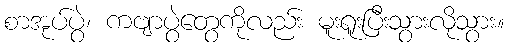
စာအုပ်ပွဲ၊ ကဗျာပွဲတွေကိုလည်း မူးရူးပြီးသွားလိုသွား။